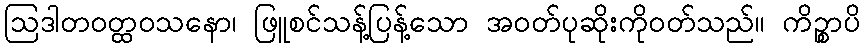
ဩဒါတဝတ္ထဝသနော၊ ဖြူစင်သန့်ပြန့်သော အဝတ်ပုဆိုးကိုဝတ်သည်။ ကိဉ္စာပိ